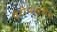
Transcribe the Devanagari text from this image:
ऐंटीपायरीन